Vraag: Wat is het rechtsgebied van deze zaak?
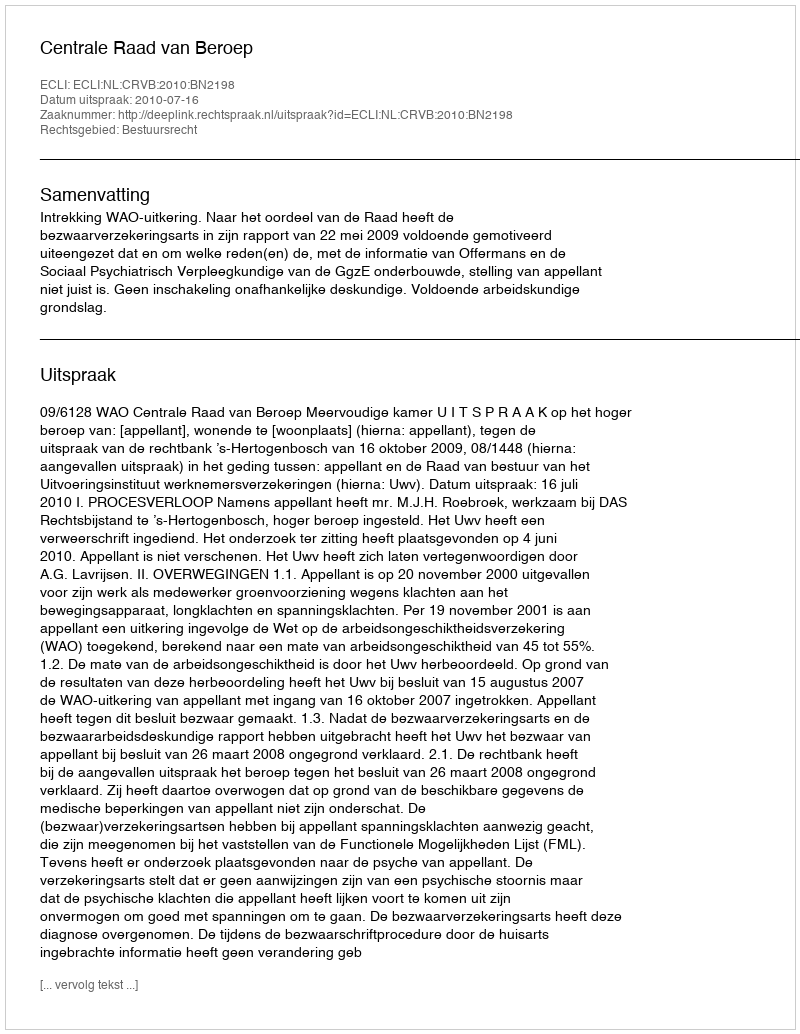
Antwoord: Bestuursrecht